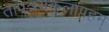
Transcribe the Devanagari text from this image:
तापत्रयकुलापहम्